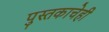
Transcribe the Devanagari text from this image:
पुस्तकाचेही